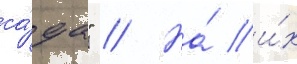
са́да" // На́ и́х